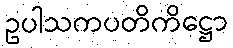
ဥပါသကပတိကိဋ္ဌော